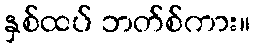
နှစ်ထပ် ဘတ်စ်ကား။